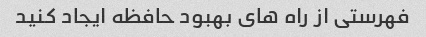
فهرستی از راه های بهبود حافظه ایجاد کنید